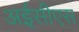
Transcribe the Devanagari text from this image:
अईसीएस